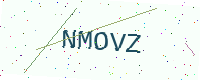
Text: NMOVZ